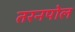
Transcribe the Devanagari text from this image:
तरनपोल